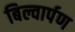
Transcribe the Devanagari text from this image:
बिल्वार्पण